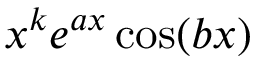
x ^ { k } e ^ { a x } \cos ( b x )